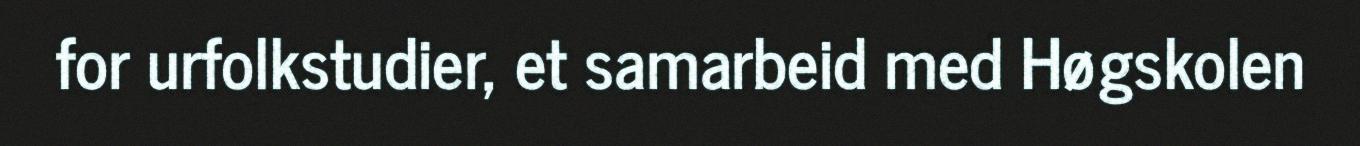
for urfolkstudier, et samarbeid med Høgskolen